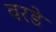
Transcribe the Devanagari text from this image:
बरडे